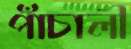
পাঁচালী